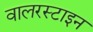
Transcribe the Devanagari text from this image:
वालरस्टाइन